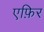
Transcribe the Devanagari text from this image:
एफ़िर